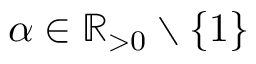
\alpha \in \mathbb { R } _ { > 0 } \setminus \{ 1 \}